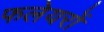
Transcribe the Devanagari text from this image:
फलेयरों